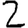
Digit: 2